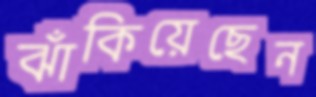
ঝাঁকিয়েছেন